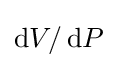
\operatorname {d} \!V/\operatorname {d} \!P